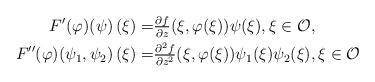
LaTeX: \begin{align*} F'(\varphi)(\psi) \,(\xi)= & \tfrac{\partial f}{\partial z}(\xi,\varphi(\xi)) \psi(\xi), \xi \in \mathcal{O},\\F''(\varphi)(\psi_1, \psi_2) \,(\xi)= & \tfrac{\partial^2 f}{\partial z^2}(\xi,\varphi(\xi)) \psi_1(\xi) \psi_2(\xi), \xi \in \mathcal{O}\end{align*}